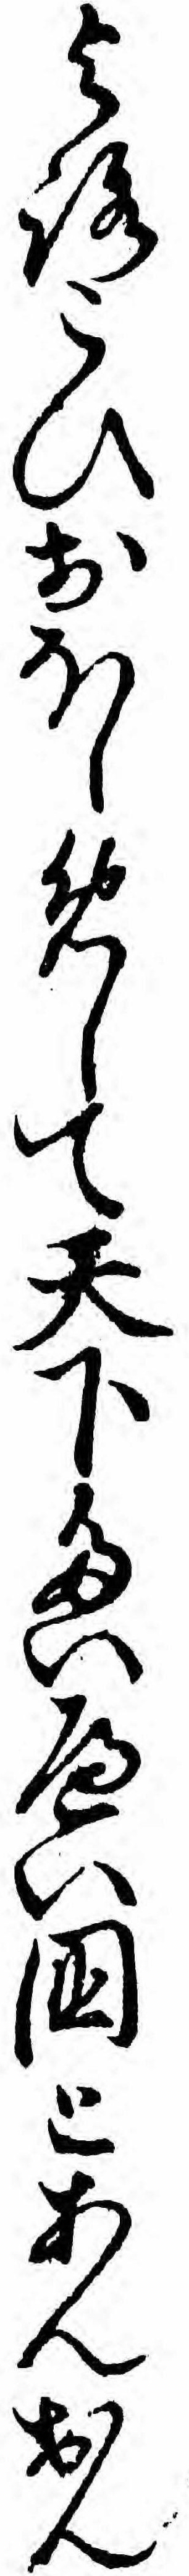
よろこひおほしめして天下たいへい国とあんおん